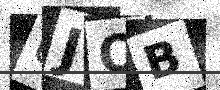
Text: UJOB